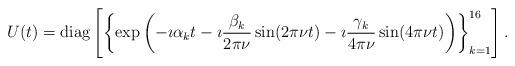
LaTeX: \begin{align*}U(t) &= \textrm{diag}\left[\left\{\exp\left(-\imath \alpha_k t -\imath \frac{\beta_k}{2\pi\nu}\sin(2\pi \nu t)-\imath \frac{\gamma_k}{4\pi \nu} \sin(4\pi \nu t)\right) \right\}_{k=1}^{16}\right].\end{align*}